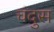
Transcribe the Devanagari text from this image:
चंदुस